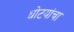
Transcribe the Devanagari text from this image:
धोटयांचा